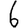
Digit: 6